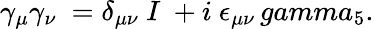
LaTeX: \gamma_{\mu}\gamma_{\nu}\ =\delta_{\mu\nu}\ I\ +i\ \epsilon_{\mu\nu}\, gamma_{5}.